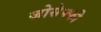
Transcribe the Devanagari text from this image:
जोसेफ्फी